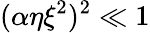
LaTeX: (\alpha\eta\xi^{2})^{2}\ll 1